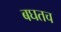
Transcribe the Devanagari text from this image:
बघतच